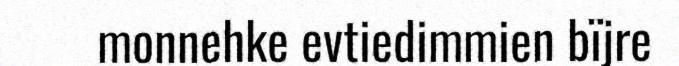
monnehke evtiedimmien bïjre